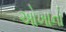
ઓખાનો